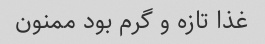
غذا تازه و گرم بود ممنون